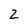
Character: Z